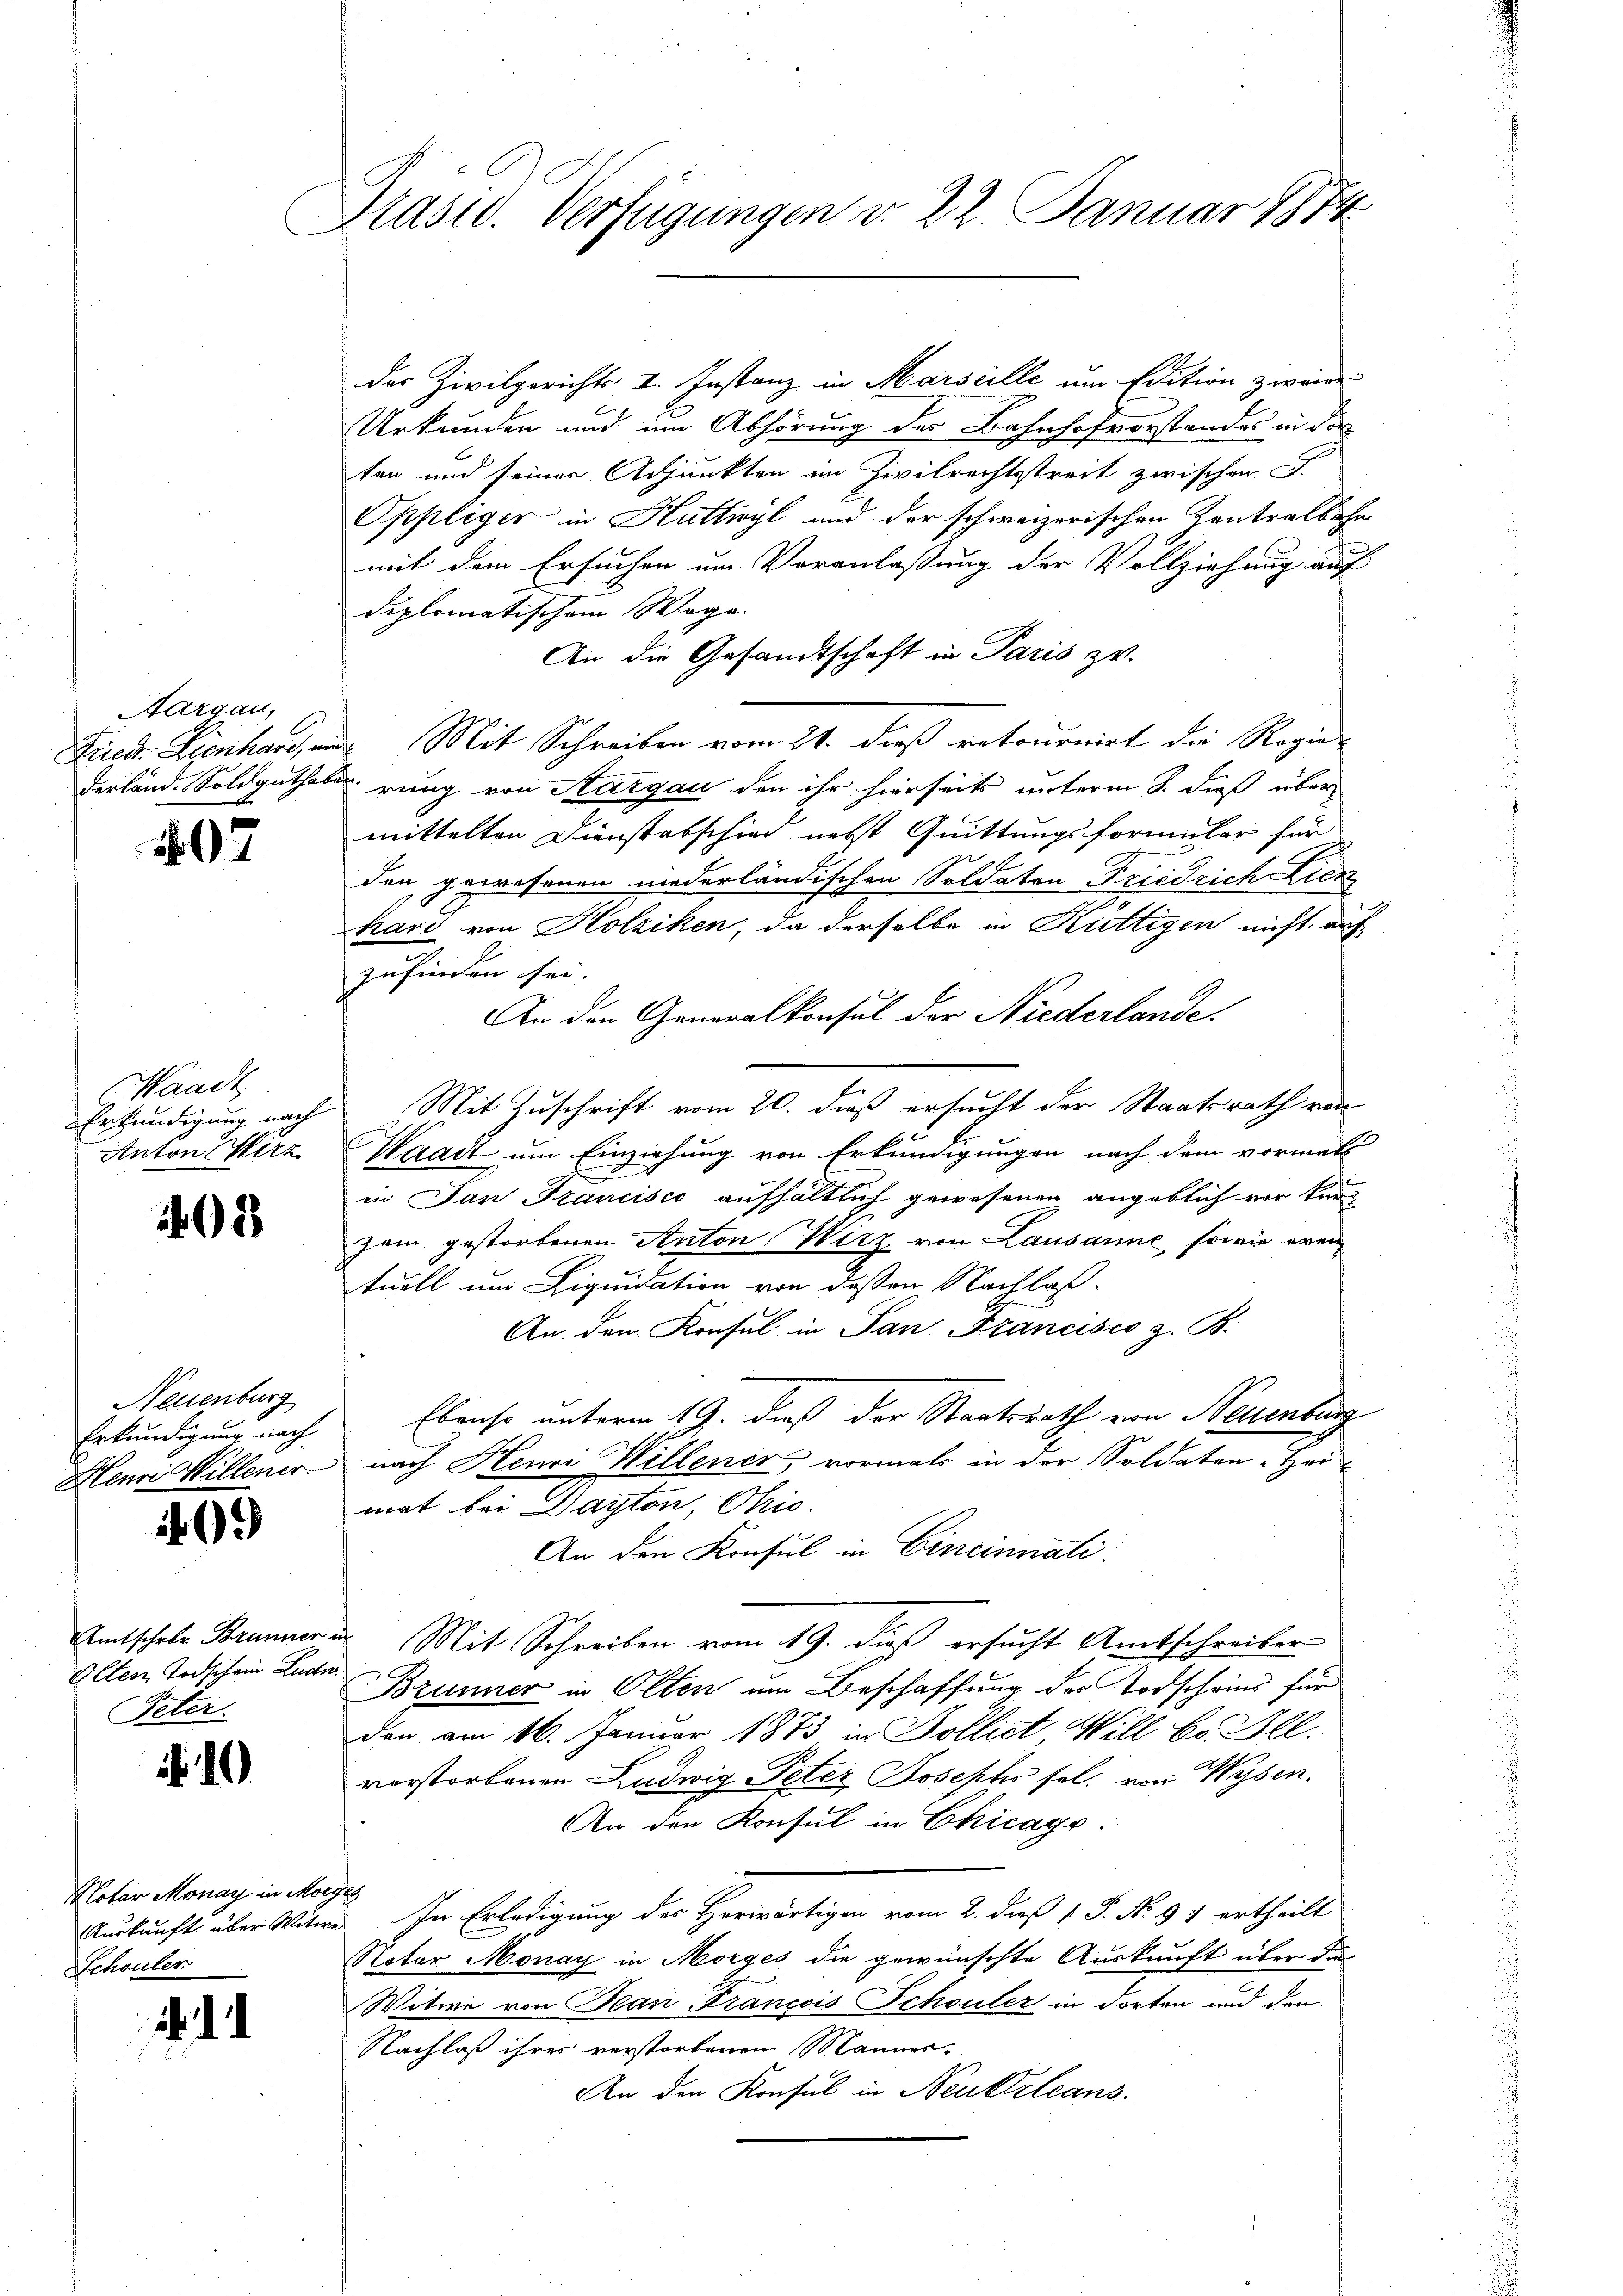
Aargau,

407

aadt
Anton Wirz

108

Neuenburg
Erkundigung nach
Henri Willener

09

Amtschrer Brunner
Olten Todschein Luder
Peter.

10

Notar Monay in Morges
Schoulen

1

Präsid. Verfügungen d. 22. Januar 1874

der Zivilgericht I. Instanz in Marseille um Edition zweier
Urkunden und um Abhörung des Bahnhofvorstandes in die
ten und seiner Adjunkten im Zivilrechtsstreit zwischen S.
Oppliger in Huttwyl und der schweizerischen Kontralbahn
mit dem Ersuchen um Veranlassung der Vollziehung auf
diplomatischem Wege.
An die Gesandtschaft in Paris zu.
Fied. Lienhard, und Mit Schreiben vom 21. dieß retournirt die Regie-
derland. Soldguthaber rung von Aargau den ihr hierseits unterm 8. dieß übermittelten Dienstabschied nebst Quittungsformular für
den gewesenen niederländischen Soldaten Friedrich Lick
hard von Holziken, da derselbe in Kuttigen nicht auf
zufinden sei.
An den Generalkonsul der Niederlande.
Erkundigung nach Mit Zuschrift vom 20. dieß ersucht der Staatsrath von
Waadt um Einziehung von Erkundigungen nach dem vormals
in Jan Francisco aufhältlich gewesenen angeblich vor kurzem gestorbenen Anton Wirz von Lausanne, sowie eventuell um Liquidation von dessen Nachlaß.
An den Konsul in Pan Francisco z. B.
Ebenso unterm 19. dieß der Staatsrath von Neuenburg
nach Henri Willener, vormals in der Soldaten-Hei-
mat bei Dayton, Ohio.
An den Konsul in Cincinnati
. Mit Schreiben vom 19. dieß ersucht Amtschreiben
Brunner in Olten um Beschaffung der Todscheins für
den am 16. Januar 1873 in Bollict Will Bd. Ill.
vorstorbenen Ludwig Peter Josephis sel. von Wysen.
An den Konsul in Chicago
Auskunft über Witwe. In Erledigung des Horwärtigen vom 2. daß 1. P. N. 91 ertheilt
Notar Monay in Morges die gewünschte Auskunft über die
Witwe von Bean François Schouler in dorten und den
Nachlaß ihrer verstorbenen Mannes.
An den Konsul in Neuktrleans